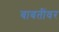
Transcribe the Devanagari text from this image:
बाबतींवर